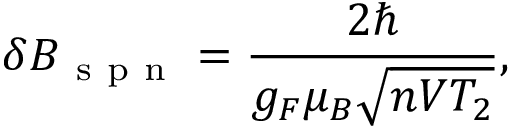
\delta B _ { \mathrm { ~ s ~ p ~ n ~ } } = \frac { 2 \hbar } { g _ { F } \mu _ { B } \sqrt { n V T _ { 2 } } } ,